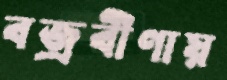
বজ্রবীণায়